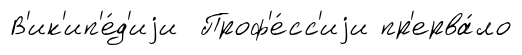
В'ик'ип'е́д'иjи Проф'е́сс'иjи пр'ерва́ло